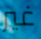
غير